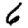
Digit: 6